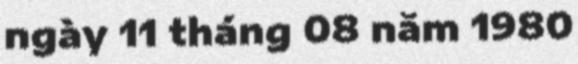
ngày 11 tháng 08 năm 1980